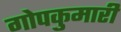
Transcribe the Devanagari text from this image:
गोपकुमारी